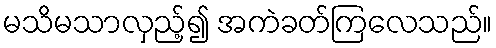
မသိမသာလှည့်၍ အကဲခတ်ကြလေသည်။